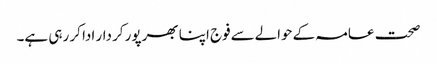
صحت عامہ کےحوالےسےفوج اپنا بھرپور کردار ادا کر رہی ہے۔